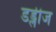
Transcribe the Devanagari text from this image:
डड्लीज